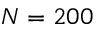
N = 2 0 0